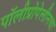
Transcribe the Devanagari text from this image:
पॉलीप्रोपेलीनचा